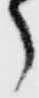
郎